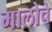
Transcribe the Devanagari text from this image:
मालोचे